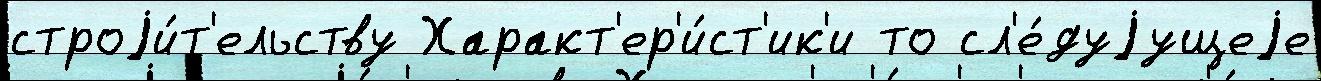
строjи́т'ельству Характ'ер'и́ст'ик'и то сл'е́дуjущеjе